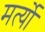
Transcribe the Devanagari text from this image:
मर्त्यो